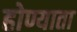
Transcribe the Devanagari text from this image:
होण्याता